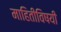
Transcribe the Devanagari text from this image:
माहितीविषयी